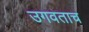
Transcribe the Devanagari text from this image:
उगवताच